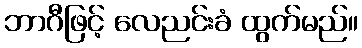
ဘာဂီဖြင့် လေညင်းခံ ထွက်မည်။